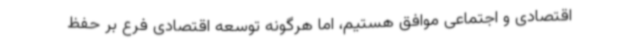
اقتصادی و اجتماعی موافق هستیم، اما هرگونه توسعه اقتصادی فرع بر حفظ